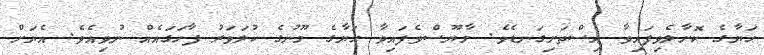
ޙަޔާގެ ކޮށާލެވިފައިވާ އިސްތަށިގަނޑެވެ. މާޔޫސްވެފައިވާ ޙަޔާގެ މޫނުގެ ކުލަވަރު ފާހަގައެއް ނުވިއެވެ. އެޔަށް